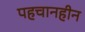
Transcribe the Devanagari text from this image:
पहचानहीन